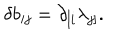
\delta b _ { i j } = \partial _ { [ i } \lambda _ { j ] } .